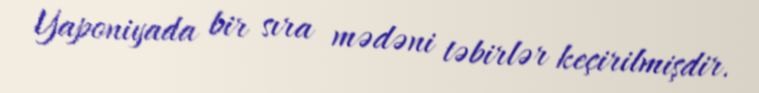
Yaponiyada bir sıra mədəni təbirlər keçirilmişdir.